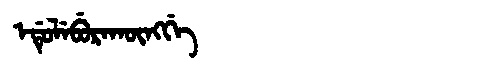
Manchu: ᡝᡩᡠᠯᡝᠪᡠᡵᠠᡴᡡᠩᡤᡝ
Romanization: EDULEBURAKŪNGGE